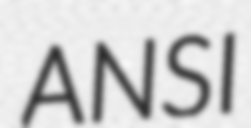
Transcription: ANSI